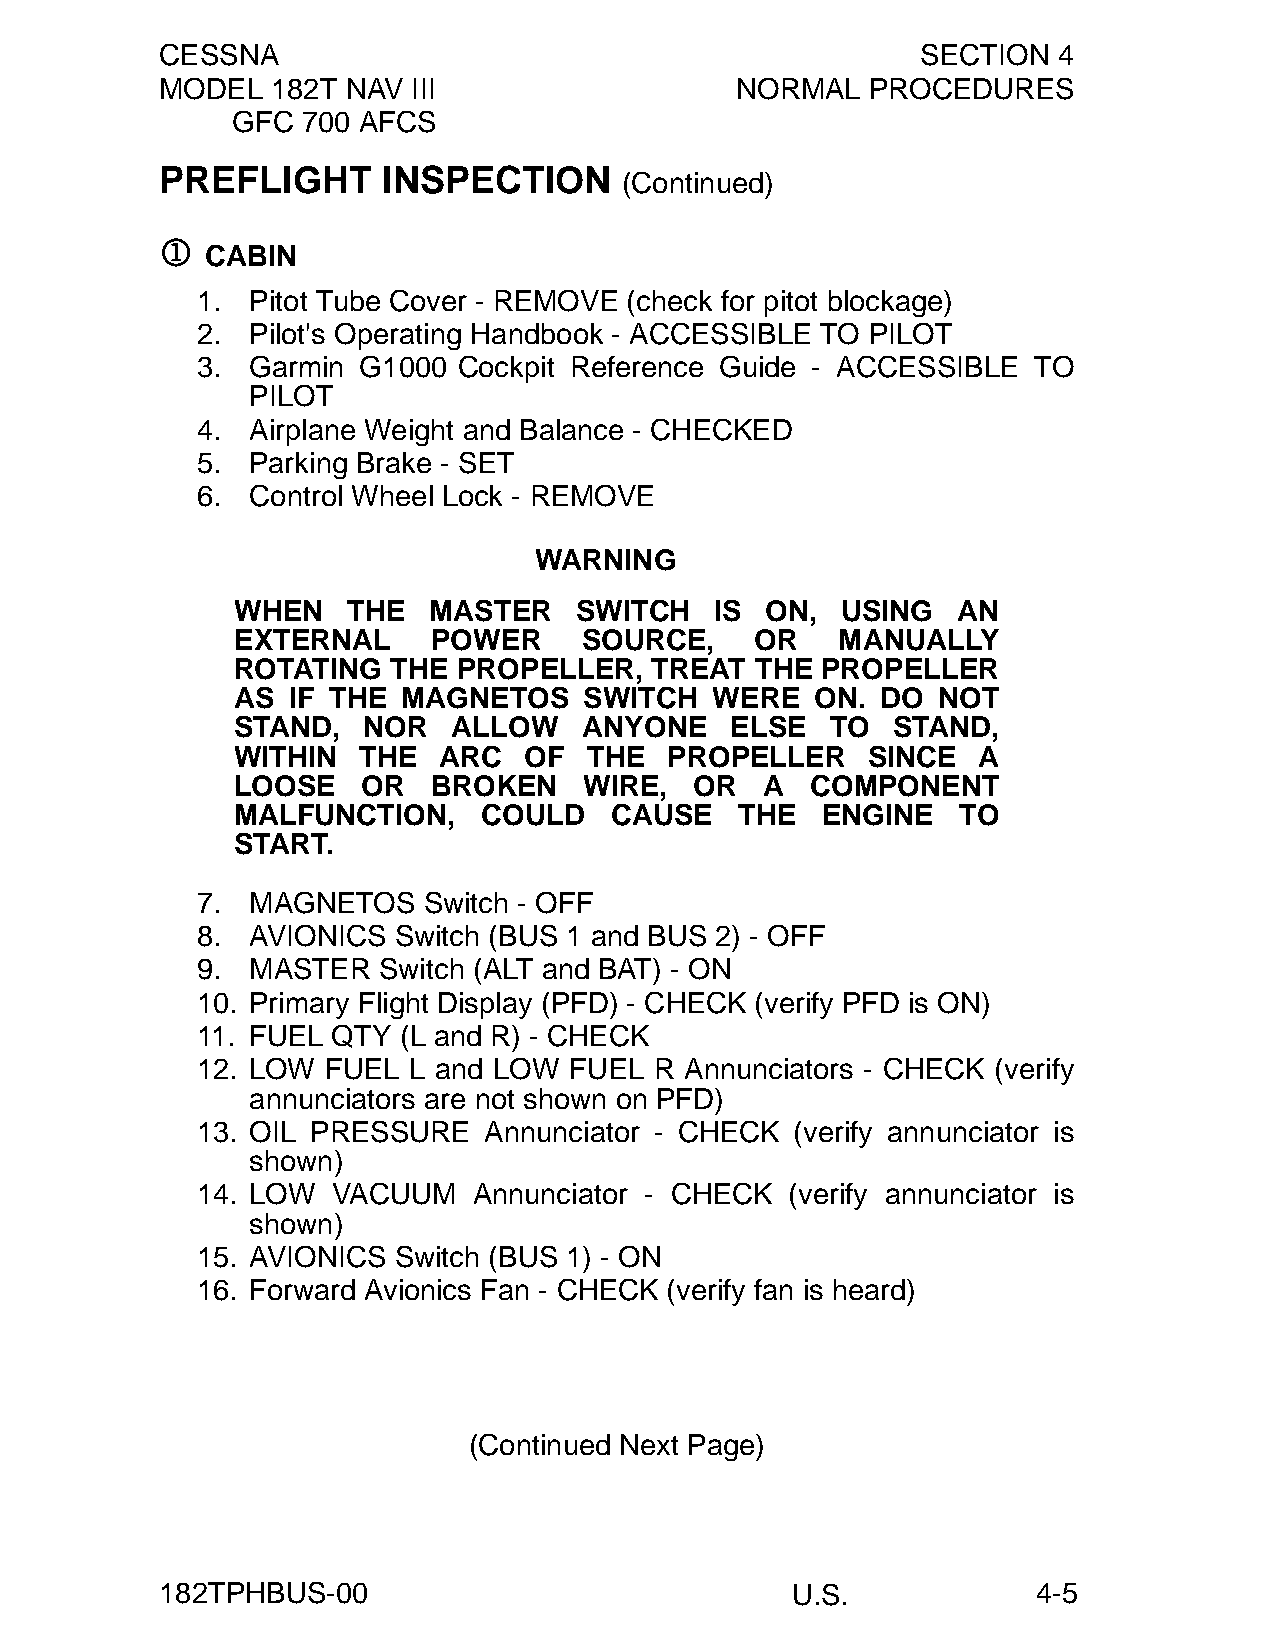
CESSNA                                            SECTION  4
 MODEL  182T NAV III                   NORMAL   PROCEDURES
 GFC  700 AFCS
 PREFLIGHT     INSPECTION
 (Continued)
 1
 CABIN
 1.  Pitot Tube Cover - REMOVE (check for pitot blockage)
 2.  Pilot's Operating Handbook - ACCESSIBLE TO PILOT
 3.  Garmin G1000 Cockpit Reference Guide - ACCESSIBLE  TO
 PILOT
 4.  Airplane Weight and Balance - CHECKED
 5.  Parking Brake - SET
 6.  Control Wheel Lock - REMOVE
 WARNING
 WHEN   THE  MASTER    SWITCH   IS  ON,  USING  AN
 EXTERNAL     POWER     SOURCE,    OR    MANUALLY
 ROTATING  THE PROPELLER,   TREAT  THE PROPELLER
 AS IF THE  MAGNETOS    SWITCH  WERE   ON. DO  NOT
 STAND,  NOR   ALLOW    ANYONE   ELSE   TO  STAND,
 WITHIN  THE  ARC   OF  THE  PROPELLER    SINCE   A
 LOOSE   OR   BROKEN    WIRE,  OR   A  COMPONENT
 MALFUNCTION,    COULD   CAUSE    THE  ENGINE    TO
 START.
 7.  MAGNETOS   Switch - OFF
 8.  AVIONICS Switch (BUS 1 and BUS 2) - OFF
 9.  MASTER  Switch (ALT and BAT) - ON
 10. Primary Flight Display (PFD) - CHECK (verify PFD is ON)
 11. FUEL QTY (L and R) - CHECK
 12. LOW  FUEL L and LOW  FUEL R Annunciators - CHECK (verify
 annunciators are not shown on PFD)
 13. OIL PRESSURE   Annunciator - CHECK  (verify annunciator is
 shown)
 14. LOW  VACUUM   Annunciator - CHECK  (verify annunciator is
 shown)
 15. AVIONICS Switch (BUS 1) - ON
 16. Forward Avionics Fan - CHECK (verify fan is heard)
 (Continued Next Page)
 182TPHBUS-00                             U.S.             4-5